Medical and sanitary report of the native army of Bengal for the year
Year: 1877
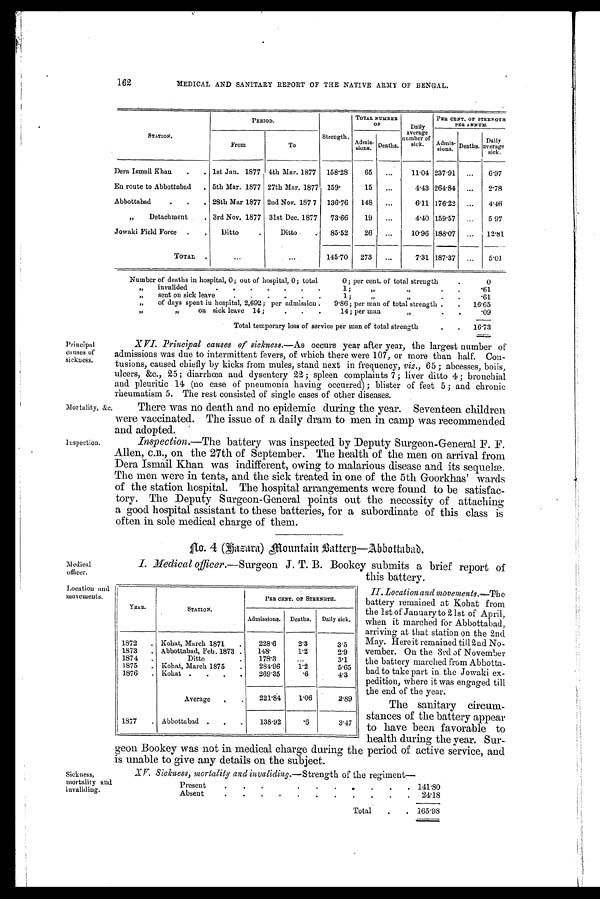
Medical
officer.
Location and
movements.
Sickness,
mortality and
invaliding.
162
MEDICAL AND SANITARY REPORT OF THE NATIVE ARMY OF BENGAL.
S T A T I O N .
PERIOD.
TOTAL NUMBER
OF
Daily
average
number of
sick.
Pau CENT. OF STRENGTH
PER ANNUM.
From
To
Strength
A d m i s -
sions. Deaths.
Admis-sions. Deaths.
D a i l y
average
sick.
Dera Ismail Khan
.
. 1st Jan. 1877 4th Mar. 1877
158.28
65
...
11.04 237.91
...
6.97
En route to Abbottabad
. 5th Mar. 1877 27th Mar. 1877 159.
15
...
4.43 264.84
...
2.78
Abbottabad
. 28th Mar 1877 2nd Nov. 187 7
136.76
148
...
6.11 176.22
...
4.46
„
Detachment
. 3rd Nov. 1877 31st Dec. 1877
73.66
19
...
4.40 159.57
...
5.97
Jowaki Field Force
.
.
Ditto
Ditto
85.52
26
...
10.96 188.07
...
12.81
TOTAL
.
. . .
. . . 145.70 273 ...
7.31 187.37
...
5.01
Number of deaths in hospital, 0; out of hospital, 0; total
0; per cent, of total strength
.
0
"
invalided
.
. .
.
. . 1;
"
"
.61
,,
sent on sick leave
.
.
.
.
.
.
1 ;
"
,,
.61
„
of days spent in hospital, 2,692; per admission .
9.86; per man of total strength .
.
16.65
"
"
on sick leave 14;
.
.
.
14; per man
"
.
.
.09
Total temporary loss of service per man of total strength
.
.
16.73
Principal
causes of
sickness.
Mortality, &c.
Inspection.
XVI. Principal causes of sickness.— As occurs year after year, the largest number of
admissions was due to intermittent fevers, of which there were 107, or more than half. Con-
tusions, caused chiefly by kicks from mules, stand next in f
requency, viz., 65 ; abcesses, boils,
ulcers, &c., 25 ; diarrhœa and dysentery 22 ; spleen complaints 7; liver ditto 4 ; bronchial
and pleuritic 14 (no case of pneumonia having occurred) ; blister of feet 5 ; and chronic
rheumatism 5. The rest consisted of single cases of other diseases.
There was no death and no epidemic during the year. Seventeen children
were vaccinated. The issue of a daily dram to men in camp was recommended
and adopted.
Inspection.— The battery was inspected by Deputy Surgeon-General F. F.
Allen, C.B., on the 27th of September. The health of the men on arrival from
Dera Ismail Khan was indifferent, owing to malarious disease and its sequelæ.
The men were in tents, and the sick treated in one of the 5th Goorkhas' wards
of the station hospital. The hospital arrangements were found to be satisfac-
tory. The Deputy Surgeon-General points out the necessity of attaching
a good hospital assistant to these batteries, for a subordinate of this class is
often in sole medical charge of them.
No. 4 (Hazara) Mountain Battery—Abbottabad.
I. Medical officer.—Surgeon J. T. B. Bookey submits a brief report of
this battery.
II. Location and movements.— The
battery remained at Kohat from
the 1st of January to 21st of April,
when it marched for Abbottabad,
arriving at that station on the 2nd
May. Here it remained till 2nd No-
vember. On the 3rd of November
the battery marched from Abbotta-
bad to take part in the Jowaki ex-
pedition, where it was engaged till
the end of the year.
The sanitary circum-
stances of the battery appear
to have been favorable to
health during the year. Sur-
geon Bookey was not in medical charge during the period of active service, and
is unable to give any details on the subject.
XV. Sickness, mortality and invaliding.—Strength of the regiment
—
Present
.
.
.
.
.
.
.
.
.
. 141.80
Absent
.
.
.
.
.
.
.
.
.
.
24.18
Total
.
. 165.98
YEAR.
STATION.
PER CENT. OF STRENGTH.
Admissions.
Deaths.
Daily sick.
1872
. Kohat, March 1871
.
228.6
2.3
3.5
1873
. Abbottabad, Feb. 1873 .
148.
1.2
2.9
1874
.
Ditto
.
178.3
...
3.1
1875
. Kohat, March 1875
.
284.96
1.2
5.65
1876
. Kohat .
.
.
.
269.35
. 6 4.3
Average
.
.
221.84
1.06
3.89
1877
. Abbottabad .
.
.
138.92
. 6 3.47